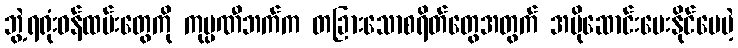
ဘွဲ့ရရုံးဝန်ထမ်းတွေကို ကုမ္ပဏီဘက်က တခြားသောစရိတ်တွေအတွက် အပိုဆောင်းပေးနိုင်ပေမဲ့